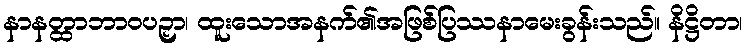
နာနတ္ထာဘာဝပဉှာ၊ ထူးသောအနက်၏အဖြစ်ပြဿနာမေးခွန်းသည်။ နိဋ္ဌိတာ၊